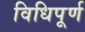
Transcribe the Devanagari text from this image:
विधिपूर्ण